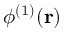
\phi ^ { ( 1 ) } ( \mathbf { r } )